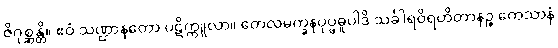
ဇိဂုစ္ဆန္တိ။ ဧဝံ သဏ္ဌာနတော ပဋိက္ကူလာ။ တေလမက္ခနပုပ္ဖဓူပါဒိ သင်္ခါရဝိရဟိတာနဉ္စ ကေသာနံ